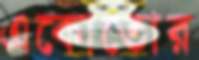
একোতোর